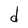
Character: d